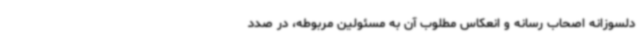
دلسوزانه اصحاب رسانه و انعکاس مطلوب آن به مسئولین مربوطه، در صدد